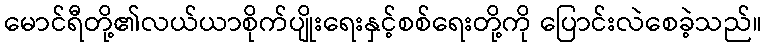
မောင်ရီတို့၏လယ်ယာစိုက်ပျိုးရေးနှင့်စစ်ရေးတို့ကို ပြောင်းလဲစေခဲ့သည်။